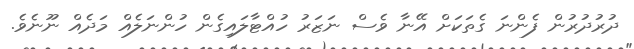
ދުރުދުރުން ފެންނަ ގެތަކަށް އޭނާ ވެސް ނަޒަރު ހުއްޓާލައިގެން ހުންނަލެއް މަދެއް ނޫނެވެ.